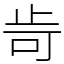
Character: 㱒